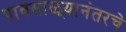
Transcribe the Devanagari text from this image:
पावसाळ्यानंतरचे